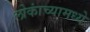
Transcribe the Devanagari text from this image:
लोकांच्यामध्ये